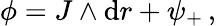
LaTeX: \phi=J\wedge\mathrm{d}r+\psi_{+}\, ,